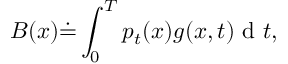
B ( x ) \dot { = } \int _ { 0 } ^ { T } p _ { t } ( x ) g ( x , t ) \mathrm { ~ d ~ } t ,